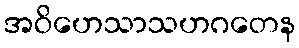
အဝိဟေသာသဟဂတေန